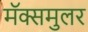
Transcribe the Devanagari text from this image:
मॅक्समुलर